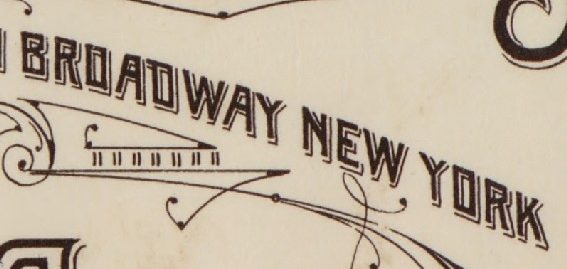
BROADWAY NEW YORK